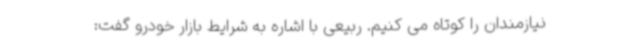
نیازمندان را کوتاه می کنیم. ربیعی با اشاره به شرایط بازار خودرو گفت: